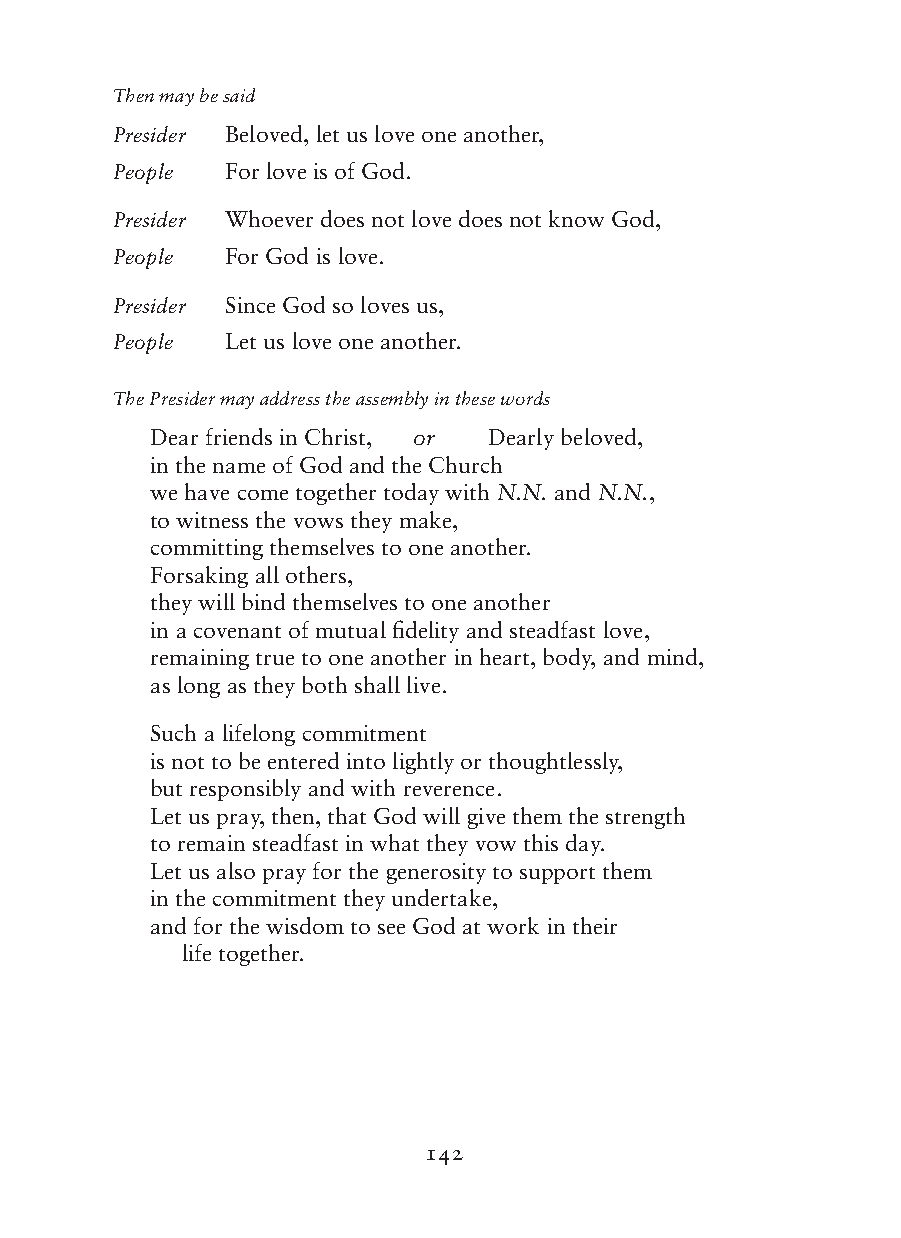
Then may be said
 Presider Beloved, let us love one another,
 People  For love is of God.
 Presider Whoever does not love does not know God,
 People  For God is love.
 Presider Since God so loves us,
 People  Let us love one another.
 The Presider may address the assembly in these words
 Dear friends in Christ, or Dearly beloved,
 in the name of God and the Church
 we have come together today with N.N. and N.N.,
 to witness the vows they make,
 committing themselves to one another.
 Forsaking all others,
 they will bind themselves to one another
 in a covenant of mutual fidelity and steadfast love,
 remaining true to one another in heart, body, and mind,
 as long as they both shall live.
 Such a lifelong commitment
 is not to be entered into lightly or thoughtlessly,
 but responsibly and with reverence.
 Let us pray, then, that God will give them the strength
 to remain steadfast in what they vow this day.
 Let us also pray for the generosity to support them
 in the commitment they undertake,
 and for the wisdom to see God at work in their
 life together.
 142